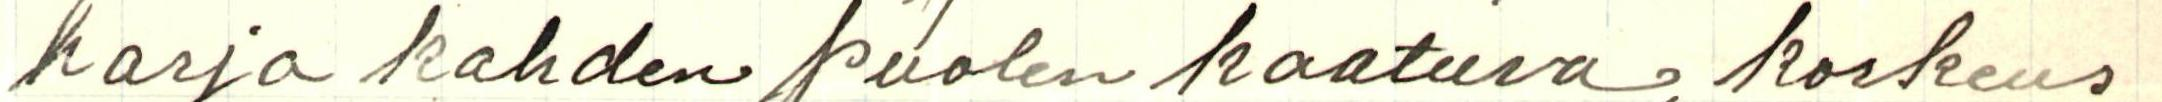
harja kahden puolen kaatuva, korkeus